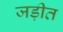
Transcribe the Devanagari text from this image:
जड़ीत